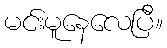
မင်းမူနေလေပြီ။